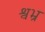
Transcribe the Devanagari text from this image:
श्वभ्र